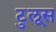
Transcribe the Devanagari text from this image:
टुलूस